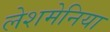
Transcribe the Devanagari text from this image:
लेशमेनिया